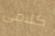
كلامى